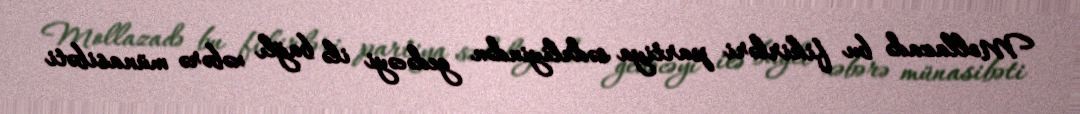
Mollazadə bu fikirləri partiya sədrliyindən gedəcəyi ilə bağlı xəbərə münasibəti